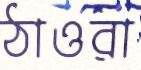
ঠাওরা